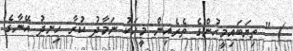
) " ތިޔަބައިމީހުންގެ ތެރެއިން މީހަކު ނަމާދު ކުރާ ހިނދު އޭނާގެ